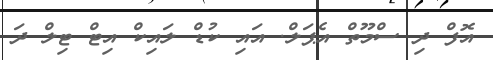
އޮފް ދި ސްމޫތް އެޕަލް. އައި ކުޑް ލައިކް އިޓް ޓިލް ދަ